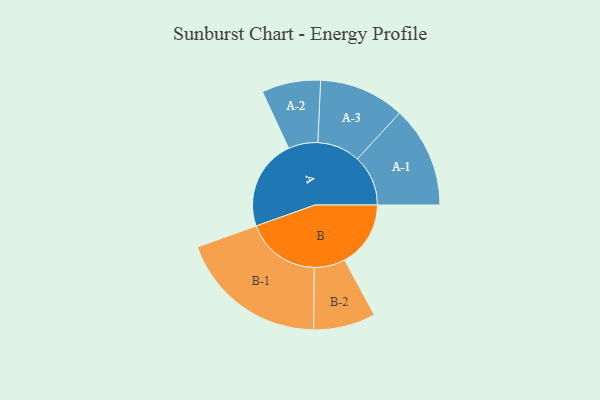
{"axis": {"x": "Segment", "y": "Value"}, "legend": ["", "A", "B"], "data": [{"x": "A", "y": 345, "type": ""}, {"x": "B", "y": 251, "type": ""}, {"x": "A-1", "y": 193, "type": "A"}, {"x": "A-2", "y": 112, "type": "A"}, {"x": "A-3", "y": 163, "type": "A"}, {"x": "B-1", "y": 284, "type": "B"}, {"x": "B-2", "y": 118, "type": "B"}]}